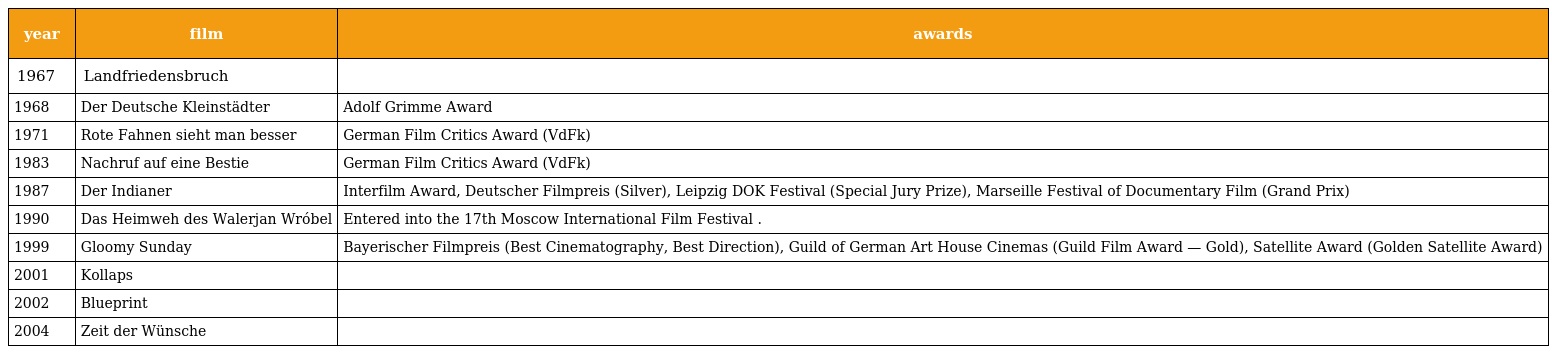
| year | film | awards |
 | --- | --- | --- |
 | 1967 | Landfriedensbruch |  |
 | 1968 | Der Deutsche Kleinstädter | Adolf Grimme Award |
 | 1971 | Rote Fahnen sieht man besser | German Film Critics Award (VdFk) |
 | 1983 | Nachruf auf eine Bestie | German Film Critics Award (VdFk) |
 | 1987 | Der Indianer | Interfilm Award, Deutscher Filmpreis (Silver), Leipzig DOK Festival (Special Jury Prize), Marseille Festival of Documentary Film (Grand Prix) |
 | 1990 | Das Heimweh des Walerjan Wróbel | Entered into the 17th Moscow International Film Festival . |
 | 1999 | Gloomy Sunday | Bayerischer Filmpreis (Best Cinematography, Best Direction), Guild of German Art House Cinemas (Guild Film Award — Gold), Satellite Award (Golden Satellite Award) |
 | 2001 | Kollaps |  |
 | 2002 | Blueprint |  |
 | 2004 | Zeit der Wünsche |  |